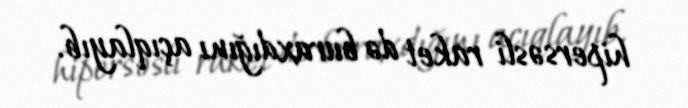
hipersəsli raket də buraxdığını açıqlayıb.